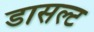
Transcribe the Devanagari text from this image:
डासल्ट